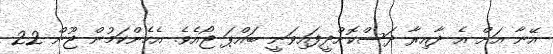
އޭނާ އަށް އެ ދާއިރާ ދަސްކޮށްދީފައިވަނީ ބައްޕަ ޖޯއެވެ. އެހެންކަމުން ޖޫން 22